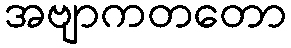
အဗျာကတတော